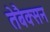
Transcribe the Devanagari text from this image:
तेबैक्सन